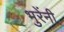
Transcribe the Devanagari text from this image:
भुरेंनी